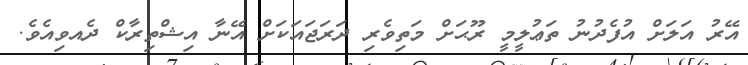
އޭރު އަލަށް އުފެދުނު ތަޢުލީމީ ރޫޙަށް މަތިވެރި ދަރަޖައަކަށް އޭނާ އިޝްތިރާކް ދެއވިއެވެ.